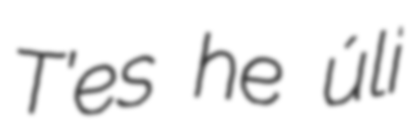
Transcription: T’es he úli